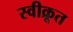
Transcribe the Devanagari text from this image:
स्वीक्रूत